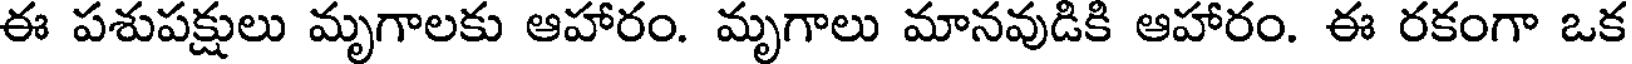
ఈ పశుపక్షులు మృగాలకు ఆహారం. మృగాలు మానవుడికి ఆహారం. ఈ రకంగా ఒక